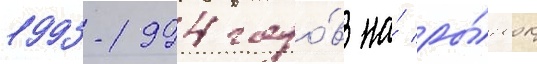
1993-1994 годо́в на́ ры́нок